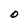
Character: O